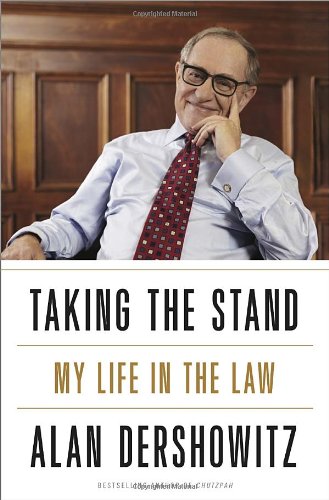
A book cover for Taking the Stand: My Life in the Law; Alan M. Dershowitz; Law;